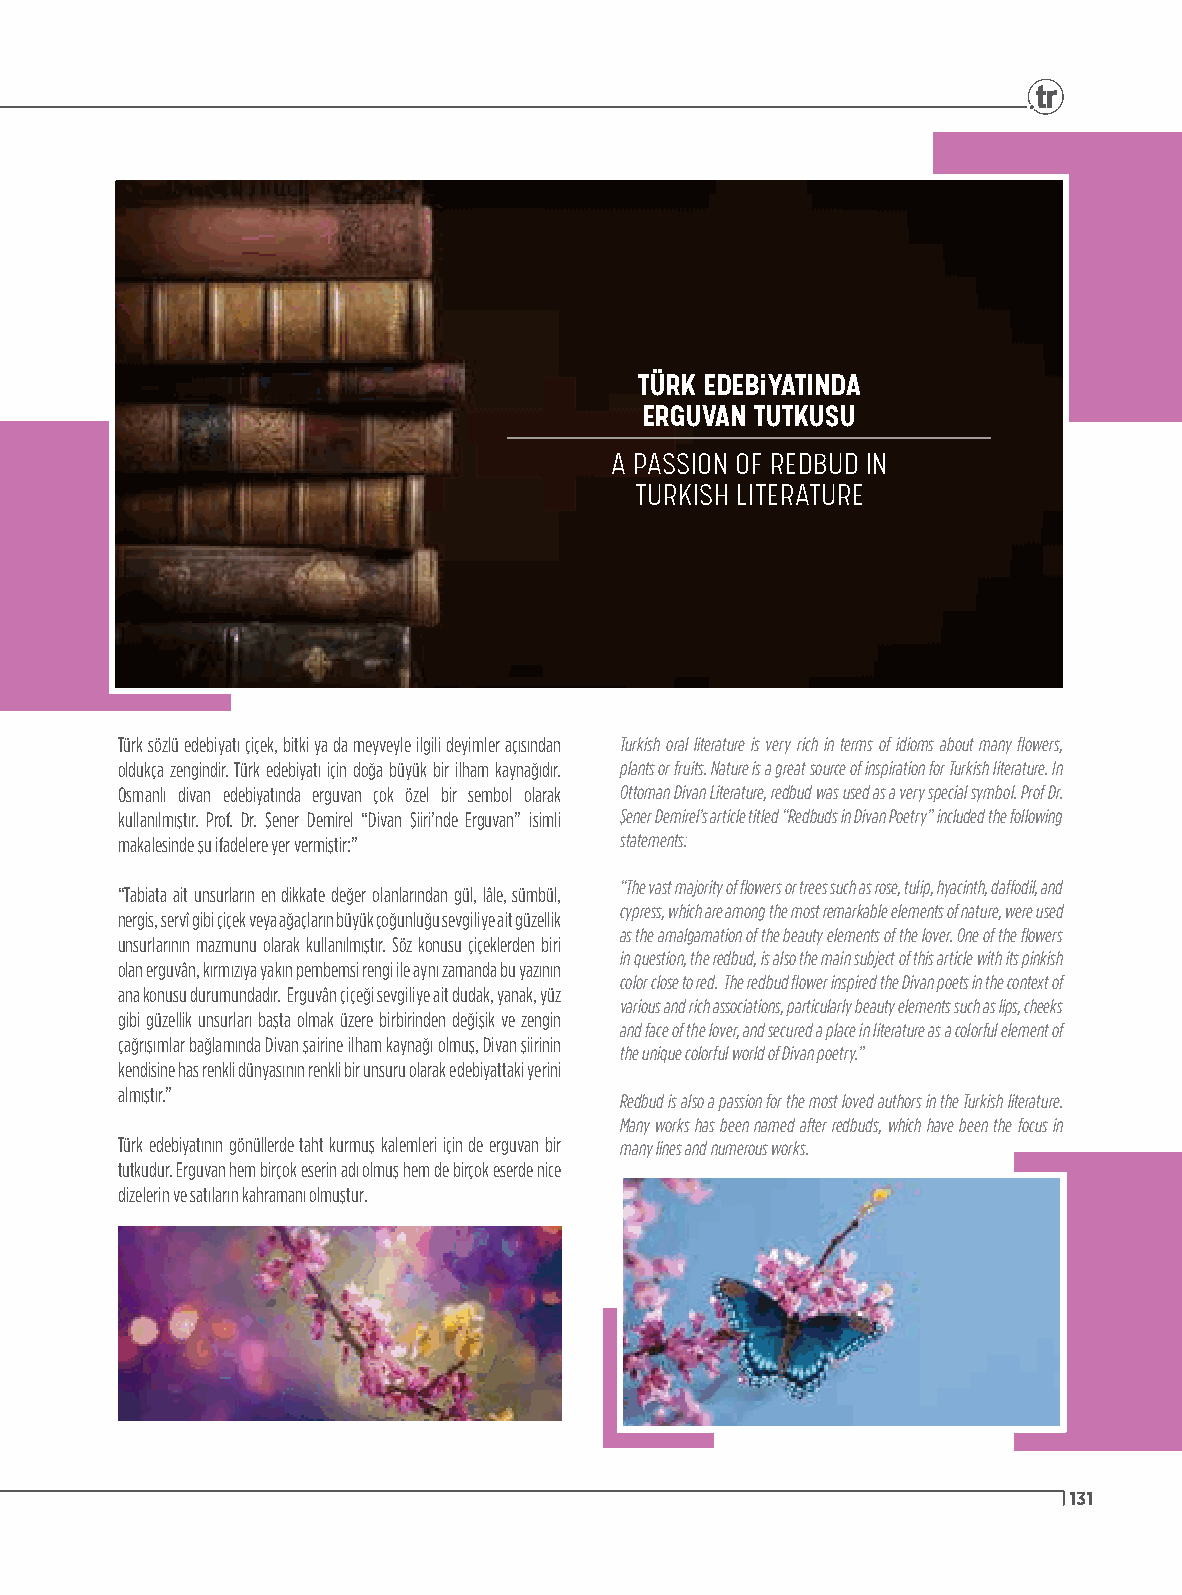
TÜRK EDEBiYATINDA
 ERGUVAN TUTKUSU
 A PASSION OF REDBUD IN
 TURKISH LITERATURE
 Türk sözlü edebiyatı çiçek, bitki ya da meyveyle ilgili deyimler açısından Turkish oral literature is very rich in terms of idioms about many flowers,
 oldukça zengindir. Türk edebiyatı için doğa büyük bir ilham kaynağıdır. plants or fruits. Nature is a great source of inspiration for Turkish literature. In
 Osmanlı divan edebiyatında erguvan çok özel bir sembol olarak Ottoman Divan Literature, redbud was used as a very special symbol. Prof Dr.
 kullanılmıştır. Prof. Dr. Şener Demirel “Divan Şiiri’nde Erguvan” isimli Şener Demirel’s article titled “Redbuds in Divan Poetry” included the following
 makalesinde şu ifadelere yer vermiştir:” statements:
 “The vast majority of flowers or trees such as rose, tulip, hyacinth, daffodil, and
 “Tabiata ait unsurların en dikkate değer olanlarından gül, lâle, sümbül,
 cypress, which are among the most remarkable elements of nature, were used
 nergis, servî gibi çiçek veya ağaçların büyük çoğunluğu sevgiliye ait güzellik
 as the amalgamation of the beauty elements of the lover. One of the flowers
 unsurlarının mazmunu olarak kullanılmıştır. Söz konusu çiçeklerden biri
 in question, the redbud, is also the main subject of this article with its pinkish
 olan erguvân, kırmızıya yakın pembemsi rengi ile aynı zamanda bu yazının
 color close to red. The redbud flower inspired the Divan poets in the context of
 ana konusu durumundadır. Erguvân çiçeği sevgiliye ait dudak, yanak, yüz
 various and rich associations, particularly beauty elements such as lips, cheeks
 gibi güzellik unsurları başta olmak üzere birbirinden değişik ve zengin
 and face of the lover, and secured a place in literature as a colorful element of
 çağrışımlar bağlamında Divan şairine ilham kaynağı olmuş, Divan şiirinin
 the unique colorful world of Divan poetry.”
 kendisine has renkli dünyasının renkli bir unsuru olarak edebiyattaki yerini
 almıştır.”                       Redbud is also a passion for the most loved authors in the Turkish literature.
 Many works has been named after redbuds, which have been the focus in
 Türk edebiyatının gönüllerde taht kurmuş kalemleri için de erguvan bir many lines and numerous works.
 tutkudur. Erguvan hem birçok eserin adı olmuş hem de birçok eserde nice
 dizelerin ve satıların kahramanı olmuştur.
 131